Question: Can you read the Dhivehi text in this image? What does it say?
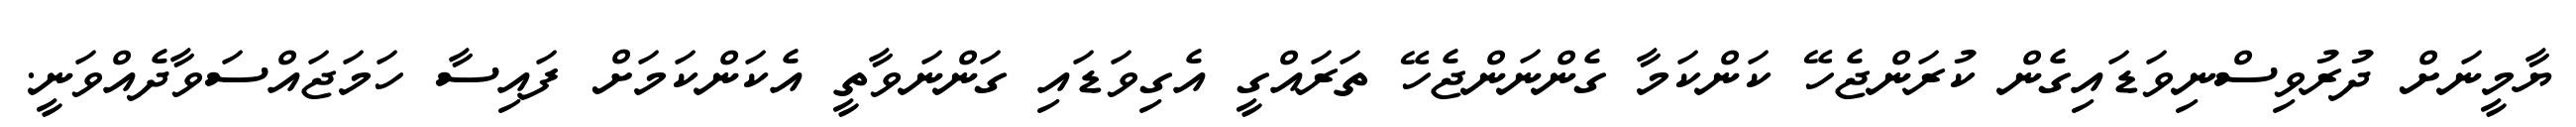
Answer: ޔާމީނަށް ދުރުވިސްނިވަޑައިގެން ކުރަންޖެހޭ ކަންކަމާ ގެންނަންޖެހޭ ތަރައްގީ އެގިވަޑައި ގަންނަވާތީ އެކަންކަމަށް ފައިސާ ހަމަޖައްސަވާދެއްވަނީ.